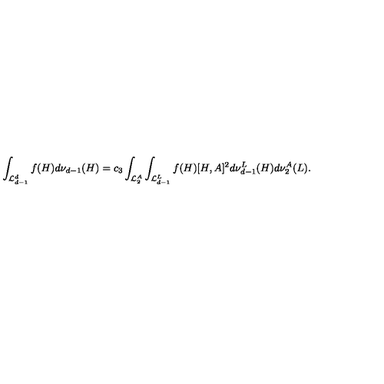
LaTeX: \int _ { { \cal L } _ { d - 1 } ^ { d } } f ( H ) d \nu _ { d - 1 } ( H ) = c _ { 3 } \int _ { { \cal L } _ { 2 } ^ { A } } \int _ { { \cal L } _ { d - 1 } ^ { L } } f ( H ) [ H , A ] ^ { 2 } d \nu _ { d - 1 } ^ { L } ( H ) d \nu _ { 2 } ^ { A } ( L ) .